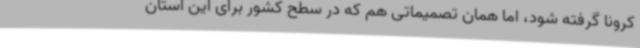
کرونا گرفته شود، اما همان تصمیماتی هم که در سطح کشور برای این استان